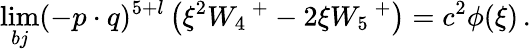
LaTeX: \operatorname*{lim}_{bj}(-p\cdot q)^{5+l}\left(\xi^{2}W_{4}\, ^{+}-2\xi W_{5}\, ^{+}\right)=c^{2}\phi(\xi)\, .